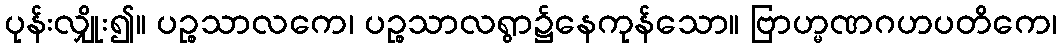
ပုန်းလျှိုး၍။ ပဉ္စသာလကေ၊ ပဉ္စသာလရွာ၌နေကုန်သော။ ဗြာဟ္မဏဂဟပတိကေ၊